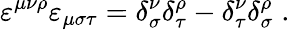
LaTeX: \varepsilon^{\mu\nu\rho}\varepsilon_{\mu\sigma\tau}=\delta_{\sigma}^{\nu}\delta_{\tau}^{\rho}-\delta_{\tau}^{\nu}\delta_{\sigma}^{\rho}\; .